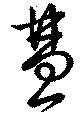
彗